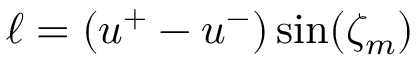
\ell = ( u ^ { + } - u ^ { - } ) \sin ( \zeta _ { m } )